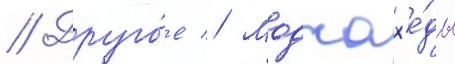
// Друго́е // Моджах'е́ды